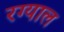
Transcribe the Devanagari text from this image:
रग्याल